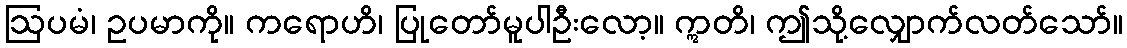
ဩပမံ၊ ဥပမာကို။ ကရောဟိ၊ ပြုတော်မူပါဦးလော့။ ဣတိ၊ ဤသို့လျှောက်လတ်သော်။